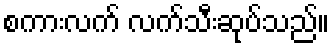
စကားလက် လက်သီးဆုပ်သည်။